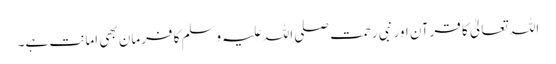
اللہ تعالیٰ کا قرآن اور نبی رحمت صلی اللہ علیہ وسلم کا فرمان بھی امانت ہے۔